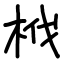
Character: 栰